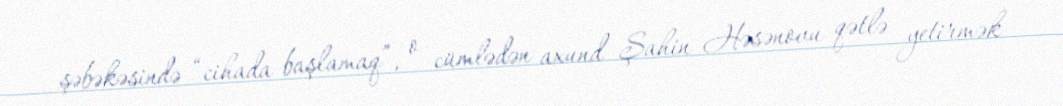
şəbəkəsində “cihada başlamaq”, o cümlədən axund Şahin Həsənovu qətlə yetirmək